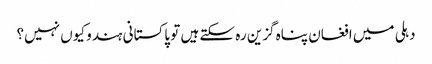
دہلی میں افغان پناہ گزین رہ سکتے ہیں تو پاکستانی ہندو کیوں نہیں؟